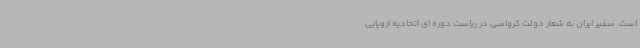
است. سفیر ایران به شعار دولت کرواسی در ریاست دوره ای اتحادیه اروپایی